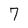
Character: 7